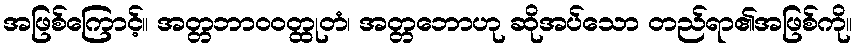
အဖြစ်ကြောင့်။ အတ္တဘာဝဝတ္ထုတံ၊ အတ္တဘောဟု ဆိုအပ်သော တည်ရာ၏အဖြစ်ကို။